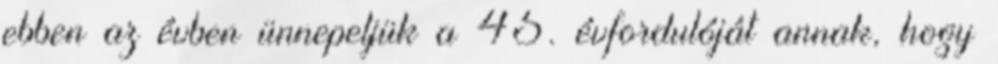
ebben az évben ünnepeljük a 45. évfordulóját annak, hogy